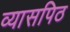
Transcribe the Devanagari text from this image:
व्यासपिठ